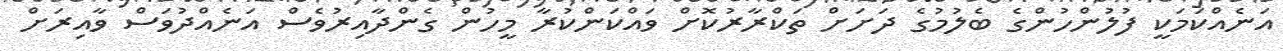
އަނެއްކަމަކީ ފުލުންހުންގެ ބެލުމުގެ ދަށަށް ތަކްރާރުކޮށް ވައްކަންކުރާ މީހުން ގެންދާއިރުވެސް އަނެއްދުވަސް ވާއިރަށް